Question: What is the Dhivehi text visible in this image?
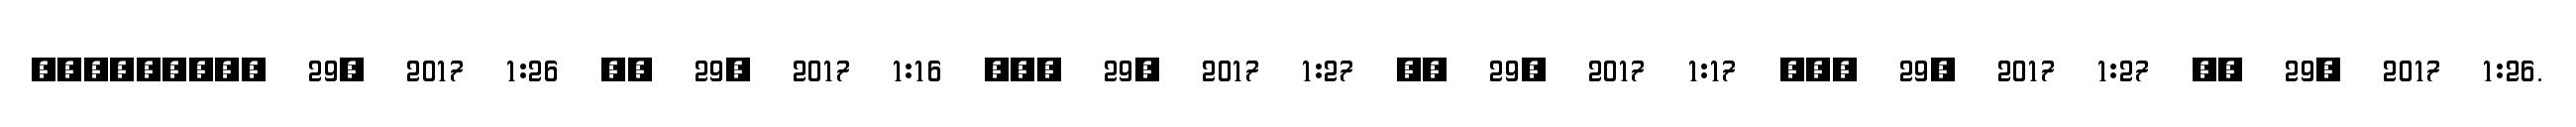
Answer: ????????? 29, 2017 1:26 ?? 29, 2017 1:16 ??? 29, 2017 1:27 ?? 29, 2017 1:17 ??? 29, 2017 1:27 ?? 29, 2017 1:26.